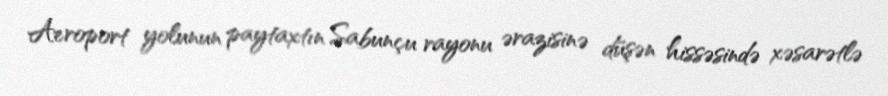
Aeroport yolunun paytaxtın Sabunçu rayonu ərazisinə düşən hissəsində xəsarətlə